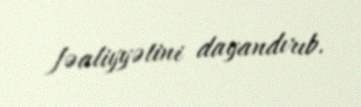
fəaliyyətini dayandırıb.